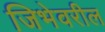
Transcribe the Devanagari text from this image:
जिभेवरील